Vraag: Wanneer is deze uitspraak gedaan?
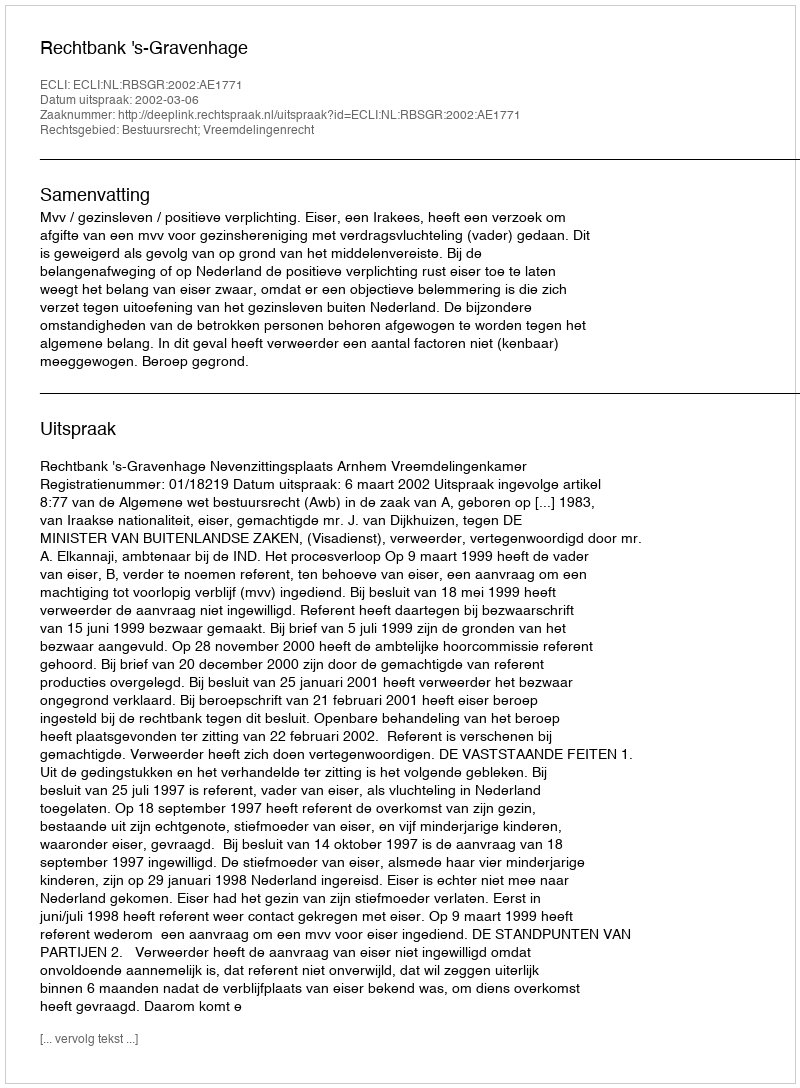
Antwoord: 2002-03-06